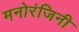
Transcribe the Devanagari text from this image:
मनोरंजिनी